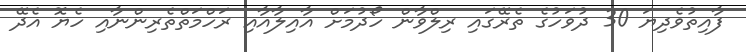
ފާއިތުވެދިޔަ 30 ދުވަހުގެ ތެރޭގައި ރިލްވާން ހޯދުމަށް އާއިލާއާއި ރަހްމަތްތެރިންނާއި ހެޔޮ އެދޭ